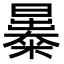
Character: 㬥